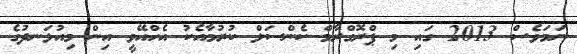
ނަމަވެސް 2013 ގައި މި ޕްރޮގްރާމް ކެންސަލް ކުރުމާއެކު އެހްއޭވީ އިން މިއުޅަނދުގެ